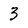
Character: 3